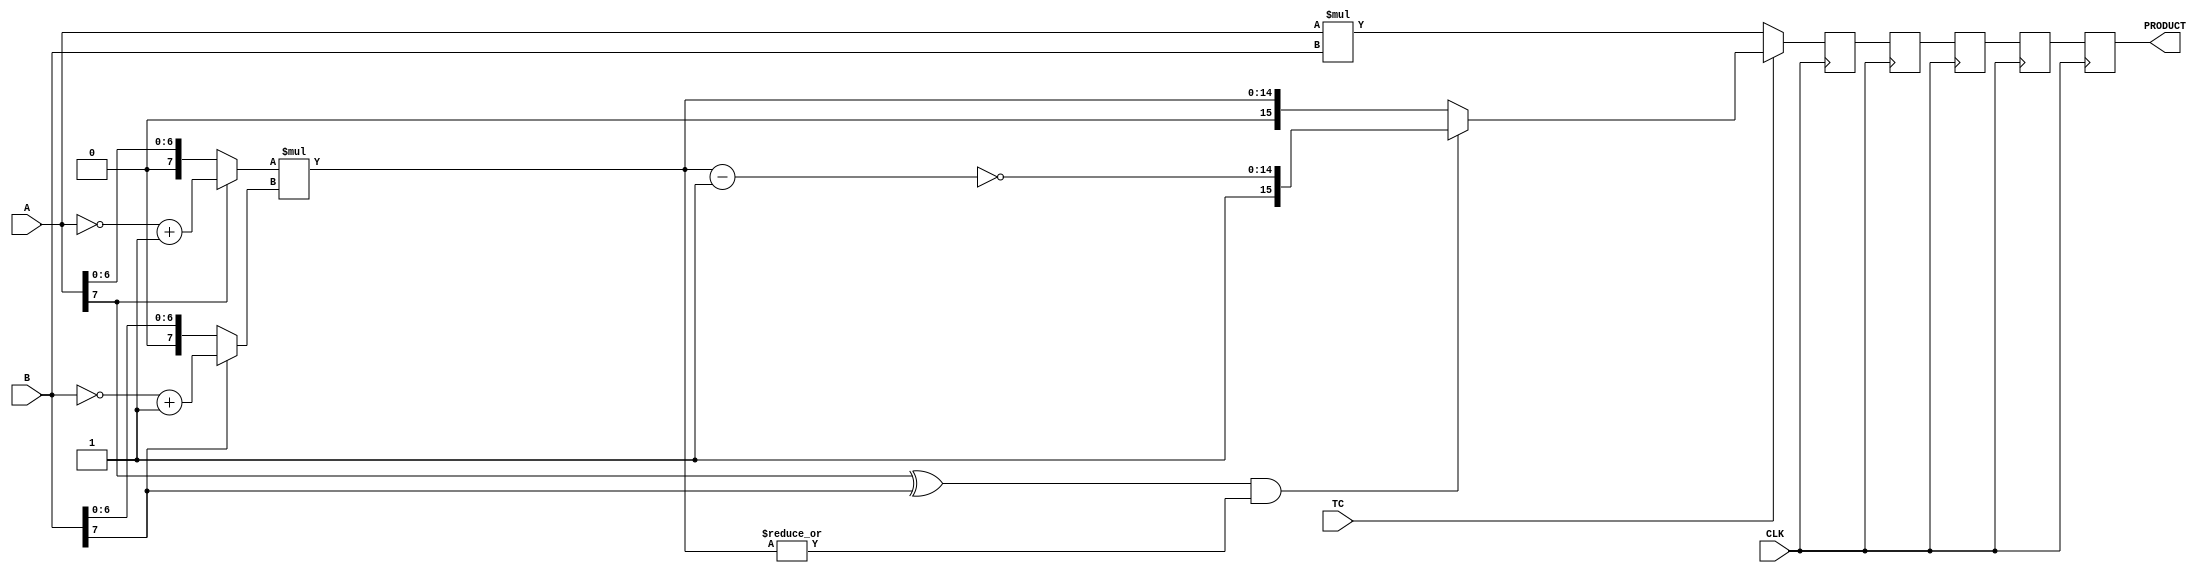
////////////////////////////////////////////////////////////////////////////////
//
//       This confidential and proprietary software may be used only
//     as authorized by a licensing agreement from Synopsys Inc.
//     In the event of publication, the following notice is applicable:
//
//                    (C) COPYRIGHT 1996 - 2018 SYNOPSYS INC.
//                           ALL RIGHTS RESERVED
//
//       The entire notice above must be reproduced on all authorized
//     copies.
//
//
// VERSION:   Simulation Architecture
//
// DesignWare_version: 10edfbcd
// DesignWare_release: O-2018.06-DWBB_201806.3
//
////////////////////////////////////////////////////////////////////////////////
//-----------------------------------------------------------------------------------
//
// ABSTRACT:  Six-Stage Pipelined Multiplier
//           A_width-Bits * B_width-Bits => A_width+B_width Bits
//           Operands A and B can be either both signed (two's complement) or 
//	     both unsigned numbers. TC determines the coding of the input operands.
//           ie. TC = '1' => signed multiplication
//	         TC = '0' => unsigned multiplication
//
//
//            Move component from DW03 to DW02
//	Jay Zhu, Nov 29, 1999: remove unit delay and simplify procedures
//---------------------------------------------------------------------------------


module DW02_mult_6_stage(A,B,TC,CLK,PRODUCT);
parameter	integer A_width = 8;
parameter	integer B_width = 8;
input	[A_width-1:0]	A;
input	[B_width-1:0]	B;
input			TC,CLK;
output	[A_width+B_width-1:0]	PRODUCT;

reg	[A_width+B_width-1:0]	PRODUCT,product_piped1,product_piped2;
reg     [A_width+B_width-1:0]   product_piped3,product_piped4;
wire	[A_width+B_width-1:0]	pre_product;

wire	[A_width-1:0]	temp_a;
wire	[B_width-1:0]	temp_b;
wire	[A_width+B_width-2:0]	long_temp1,long_temp2;

assign	temp_a = (A[A_width-1])? (~A + 1'b1) : A;
assign	temp_b = (B[B_width-1])? (~B + 1'b1) : B;

assign	long_temp1 = temp_a * temp_b;
assign	long_temp2 = ~(long_temp1 - 1'b1);

assign	pre_product = (TC)? (((A[A_width-1] ^ B[B_width-1]) && (|long_temp1))?
				{1'b1,long_temp2} : {1'b0,long_temp1})
			: A * B;

always @ (posedge CLK)
begin
	product_piped1 <= pre_product;
	product_piped2 <= product_piped1;
        product_piped3 <= product_piped2;
        product_piped4 <= product_piped3;
        PRODUCT <= product_piped4;
end

endmodule